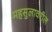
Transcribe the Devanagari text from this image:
महसुलावरील